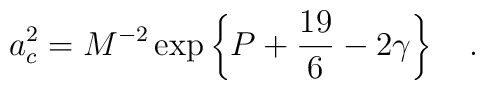
a_c^2=M^{-2}\exp\left\{P+{19 \over6}-2\gamma\right\}~~~.